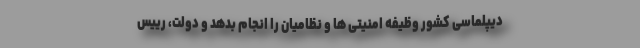
دیپلماسی کشور وظیفه امنیتی ها و نظامیان را انجام بدهد و دولت، رییس